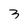
Character: 3